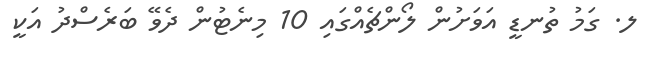
ލ. ގަމު ތުނޑީ އަވަށުން ލޯންޗެއްގައި 10 މިނެޓުން ދެވޭ ބަރެސްދު އަކީ